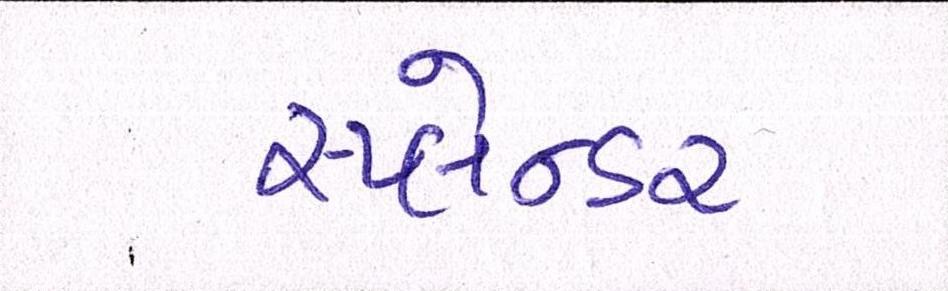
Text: સ્પ્લેન્ડર